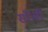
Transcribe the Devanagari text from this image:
सॉंची